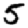
Digit: 5